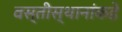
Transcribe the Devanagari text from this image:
वस्तीस्थानांकडे